Vital statistics of India. Vol. IV, Annual returns from 1871 to 1876. British Army of India, Native Army and jails of Bengal
Year: 1871
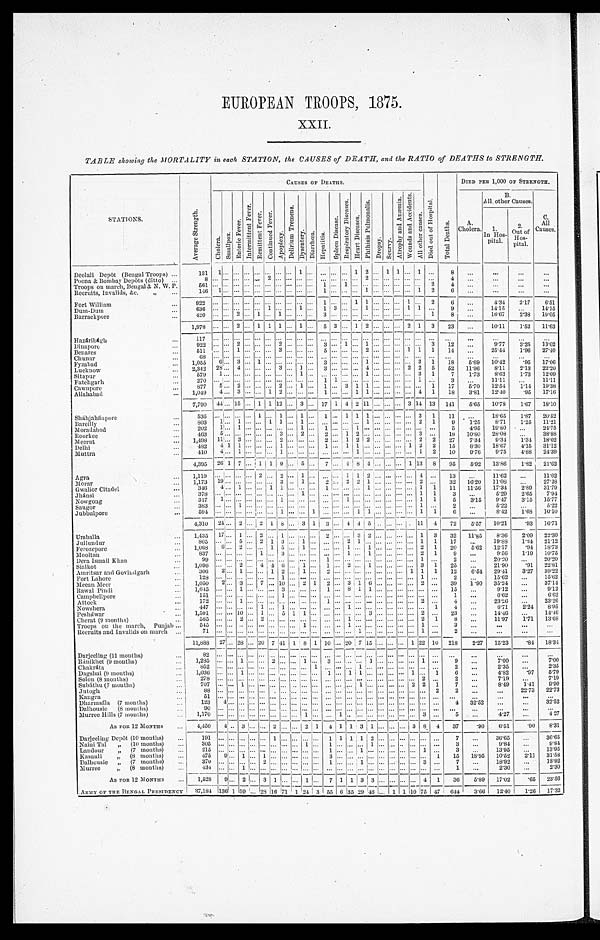
EUROPEAN TROOPS, 1875.
XXII.
TABLE showing the MORTALITY in each STATION, the CAUSES of DEATH, and the RATIO of DEATHS to STRENGTH.
STATIONS.
A v e r a g e S t r e n g t h .
CAUSES OF DEATHS.
DIED PER 1,000 OF STRENGTH.
C h o l e r a .
S m a l l p o x .
E n t e r i c F e v e r .
I n t e r m i t t e n t F e v e r .
R e m i t t e n t F e v e r . C o n t i n u e d F e v e r .
A p o p l e x y .
D e l i r i u m T r e m e n s . D y s e n t e r y . D i a r r h œ a . H e p a t i t i s .
S p l e e n D i s e a s e . R e s p i r a t o r y D i s e a s e s . H e a r t D i s e a s e s .
P h t h i s i s P u l m o n a l i s .
D r o p s y . S c u r v y .
A t r o p h y a n d A n æ m i a . W o u n d s a n d A c c i d e n t s .
A l l o t h e r C a u s e s .
D i e d o u t o f H o s p i t a l .
T o t a l D e a t h s .
A.
Cholera.
B.
All other Causes.
C .
A l l C a u s e s .
1.
In Hos-
pital.
2
. Out of
Hos- p i t a l .
Deol al i Depôt ( Bengal Tr oops )
1 3 1 1
1
1 2 1 1
1
8
Poona & Bombay Depôts (di tto)
8
2
2
4
Troops on march, Bengal i & N. W. P.
561
1
1
2 4
Recruits, Invalids, &c. „
1 4 6
1
1
1
1 2
6
Fort William
9 2 2
1
1 1
1
2
6
4.34 2 . 1 7
6 . 5 1
Du m- Du m
6 3 6
1
1
1 3
1
1 1
9
14. 15
14. 15
Barrackpore
4 2 0
2
1
1
3
1
8
16. 67
2 . 3 8
19. 05
1,978
2
1 1 1
1
5 3
1 2
2 1 3 23
10. 11
1 . 5 2
11. 63
Ha z ár i b ág h
117
Di napor e
922
2
2
3
1
1
3 1 2
9 . 7 7
3 . 2 5
13. 02
Benares
5 1 1
1
3
5
2
1 1 1 1 4
25. 44
1 . 9 6
27. 40
Chunar
6 8
Fy z a b a d
1,055 6 3
1
3
1
3 1 18 5 . 6 9
10. 42
. 9 5 17. 06
Lucknow
2, 342 28 4
3
1
3
4
2 2 5 52 11. 96
8 . 1 1
2 . 1 3
22. 20
Sitapur
5 7 9
1
1
1
3 1
7 1 . 7 3
8 . 6 3
1.73 12. 09
Fatehgarh
2 7 0
1 1
1
3
11.11
11.11
C a w n p o r e
877 5 2
2
1
1
3 1 1
1 17 5 . 7 0
12. 54
1 . 1 4
19. 38
Allahabad
1, 049
4 3
1 2
1
1 1
4 1 18 3 . 8 1
12. 40
. 9 5 17. 16
7,790 44 1 5
1 1 1 2 3
17 1 4 2 1 1
3 1 4 13 141 5 . 6 5
10. 78
1 . 6 7
18. 10
Sháhjahánpore
5 3 6
1
1
1
1
1 1 1
3 1 1 1
18. 65
1 . 8 7
20. 52
B a r e i l l y
8 0 3
1
1
1 1
1
1
2 1
9 1 . 2 5
8 . 7 1
1 . 2 5
11. 21
Moradabad
2 0 2
1
1
1
1
1
5 4 . 9 5
19. 80
2 4 . 7 5
Roorkee
463 5
3
2
2
1 2
3
1 8
10. 80
28. 08
3 8 . 8 8
Meerut
1,498 1 1
3
2
2
1 2 2
2 2 27 7 . 3 4
9 . 3 4
1 . 3 4
18. 02
Delhi
482 4 1 1
1
1
1 1
1 2 2 15 8 . 3 0
18. 67
4 . 1 5
31.12
Muttra
410 4 1
1
1
1 2 10 9 . 7 6
9 . 7 5
4 . 8 8
24. 39
4 , 3 9 5
26 1 7
1 1 9
5
7
4 8 4
1 1 3 8 95 5 . 9 2
13. 86
1 . 8 2
21.62
Agra
1 , 1 1 9
2
2
1
1 1 2
4
1 3
11. 62
11. 62
Morar
1,173 19
3
1
2
2 2 1
2
32 16. 20
11. 08
27.28
Gwalior Citadel
3 4 6
4
1
1 1
1
1
1 1 11 11. 56
17. 34
2 . 8 9
31.79
Jhánsi
3 7 8
1
1 1
3
5 . 2 9
2 . 6 5
7 . 9 4
Nowgong
3 1 7
1
1
1
1 1
5 3 . 1 5
9 . 4 7
3 . 1 5
15. 77
Saugor
3 8 3
1
1
2
5 . 2 2
5 . 2 2
Jubbul por e
594
1
1
1 1
1 1
6
8 . 4 2
1 . 6 8
10. 10
4,310 24 2
2 1 8 3 1 3
4 4 5
11 4 72 5 . 5 7
10. 21
. 9 3 16. 71
Umballa
1 , 4 3 5
17 1
2
1
2
3 2
1 3 32 11. 85
8 . 3 6
2 . 0 9
22. 30
Jullundur
805
5
2 1 3 1
2 1
1 1 1 7
19. 88
1 . 2 4
21. 12
Ferozepore
1,068 6
2
1 5
1
1
1
2 1 20 5 . 6 2
12. 17
. 9 4 18. 73
Mooltan
8 3 7
1
3
1
1
2 1 9
9 . 5 6
1 . 1 9
10. 75
D e r a I s m a i l K h a n
9 9
1
1
2
20. 20
2 0 . 2 0
Sialkot
1,096
2
4 4 6
1
1
2
1
3 1 25
21. 90
. 9 1 22. 81
Amritsar and Govindgarh
306 2 1
1 2
1
2
1 1 1 12 6 . 5 4
29. 41
3 . 2 7
39. 22
F o r t L a h o r e
1 2 8
1
1
2
15. 62
15. 62
Me e a n Me e r
1,050 2 3
7 10
2 1 2
3 1 6
2
39 1.90 35. 24
37. 14
R a w a l P i n d i
1 , 6 4 5
1
3
1
8 1 1
1 5
9 . 1 2
9 . 1 2
Campbel l por e
1 5 1
1
1
6 . 6 2
6.62
Attock
1 7 2
1
1
2
4
23. 26
23. 26
Nowshera
4 4 7
1
1
1
1 4
6 . 7 1
2 . 2 4
8 . 9 5
P e s h á w a r
1, 591
10
1 5 1 1
3
2
2 3
14. 46
14. 46
C h e r a t ( 9 m o n t h s )
5 8 5
2
2
1
2 1 8
11. 97
1 . 7 1
13. 68
Troops on the march, Punjab 5 4 5
1
1
1
3
Recruits and Invalids on march
71
1
1
2
11,888 2 7
28 20 7 4 1 1 8 1 10 20 7 1 5
1 22 10 218 2 . 2 7
15. 23
. 8 4 18. 34
Darjeeling (11 months)
8 2
R á n i k h e t ( 9 m o n t h s )
1 , 2 8 5
1
2
1
3
1
1
9
7 . 0 0
7 . 0 0
Chakrát a
8 5 2
1
1
2
2 . 3 5
2 . 3 5
Dagshai (9 months)
1 , 0 3 6
1
1
1 1
1
1 6
4 . 8 2
. 9 7 5 . 7 9
Solon (8 months)
2 7 8
2
2
7 . 1 9
7 . 1 9
S u b á t h u ( 7 m o n t h s )
7 0 7
1
1
2 2 1 7
8 . 4 9
1 . 4 1
9 . 9 0
Jutogh
8 8
2
2
22. 73
22. 73
Kangra
51
Dharmsála (7 months)
1 2 3
4
4 32. 52
32. 52
Dalhousie (8 months)
9 0
Murree Hills (7 months)
1 , 1 7 0
1
1
3
5
4.27
4.27
A s F O R 1 2 M O N T H S
4,450 4 3
2
2 1 4 1 1 3 1
3 8 4 37 .90 6 . 5 1
.90 8 . 3 1
Da r j e e l i n g De p ô t ( 1 0 mo n t h s )
1 9 1
1
1 1 1 1 2
7
36. 65
36. 65
N a i n i T a l „ ( 1 0 m o n t h s )
3 0 5
1
1
1
3
9 . 8 4
9 . 8 4
Landour „ (7 months)
2 1 5
1
1
1
3
13. 95
13. 95
Kasauli „ (8 months)
4 7 5 9
1
1
3
1 15 1 8 . 9 5
10. 52
2 . 1 1
31.58
Dalhousie „ (7 months)
3 7 0
2
1
1
3
7
18. 92
18. 92
Murree „ (8 months)
4 3 4
1
1
2 . 3 0
2 . 3 0
A s F O R 1 2 M O N T H S
1 , 5 2 8
9 2
3 1
1
7 1 1 3 3
4 1 36 5 . 8 9
17. 02
.65 23. 56
A R M Y O F T H E B E N G A L P R E S I D E N C Y
37,184 136 1 59 28 16
7 1 1 2 4 3
5 5 6 3 5 29
4 6
1
1 1 0 7 5 47 644 3.66 12. 40
1 . 2 6
17. 32